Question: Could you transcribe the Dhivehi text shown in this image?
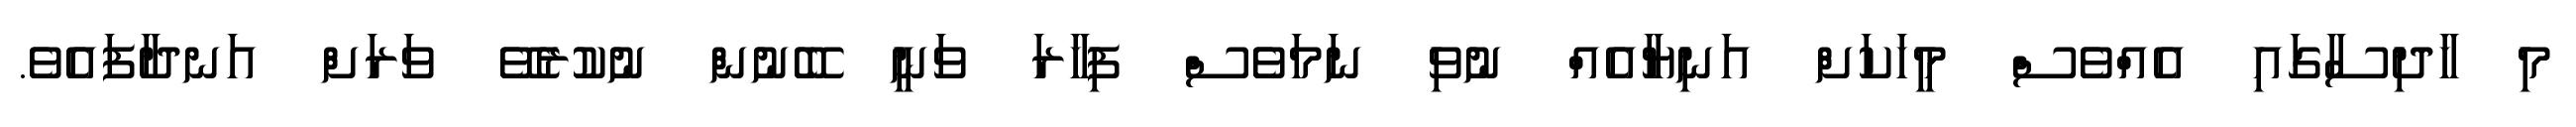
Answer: މި ހާދިސާގައި އެއްވެސް މީހަކަށް އަނިޔާއެއް ނުވި ނަމަވެސް ފިހާރަ ވަނީ ބޭނުން ނުކުރެވޭ ވަރަށް އަނދާފައެވެ.